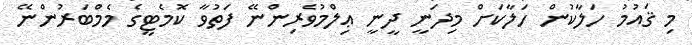
މި ޤައުމު ހަލާކުން ހަލާކަށް މިދަނީ ދީނީ ޢިލްމުވެރިންނޭ ފަތުވާ ކޮމެޓީގެ މެމްބަރުންނޭ